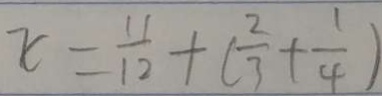
x = \frac { 1 1 } { 1 2 } + ( \frac { 2 } { 3 } + \frac { 1 } { 4 } )